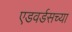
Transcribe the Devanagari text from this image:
एडवर्डसच्या